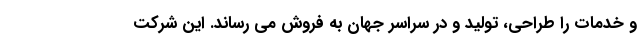
و خدمات را طراحی، تولید و در سراسر جهان به فروش می رساند. این شرکت